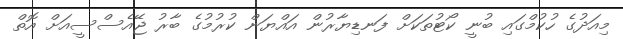
މިއަދުގެ ހުކުމްގައި ބުނީ ކޯޓުތަކަށް ފަނޑިޔާރުން އައްޔަން ކުރުމުގެ ބާރު ޖޭއެސްސީއަށް އޮތް